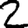
Digit: 2